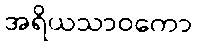
အရိယသာဝကော